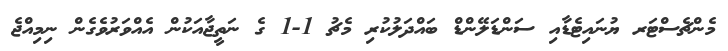
މެންޗެސްޓަރ ޔުނައިޓެޑާއި ސަންޑަލޭންޑް ބައްދަލުކުރި މެޗު 1-1 ގެ ނަތީޖާއަކުން އެއްވަރުވެގެން ނިމިއްޖެ